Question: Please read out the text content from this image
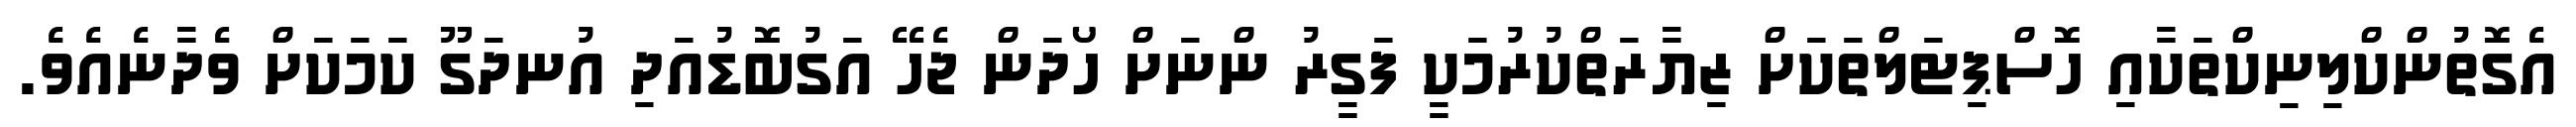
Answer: އެގޮތުންކްލިނިކްތަކާއި ހޮސްޕިޓަލްތަކަށް ޒިޔާރަތްކުރުމަކީ ފަގީރު ންނަށް ހޯދަން ޖެހޭ އަގުބޮޑުއަދި އުނދަގޫ ކަމަކަށް ވެދާނެއެވެ.